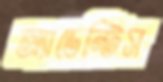
অ্যাডেন্টিস